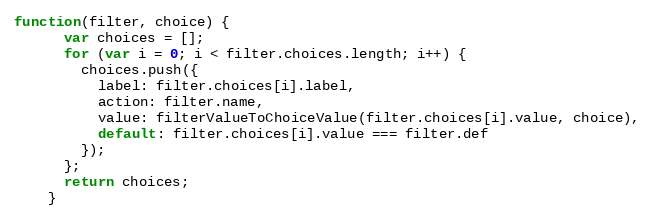
Language: JavaScript
function(filter, choice) {
      var choices = [];
      for (var i = 0; i < filter.choices.length; i++) {
        choices.push({
          label: filter.choices[i].label,
          action: filter.name,
          value: filterValueToChoiceValue(filter.choices[i].value, choice),
          default: filter.choices[i].value === filter.def
        });
      };
      return choices;
    }